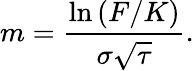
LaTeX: m={\frac{\ln\left(F/K\right)}{\sigma{\sqrt{\tau}}}}.